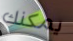
يمكنك